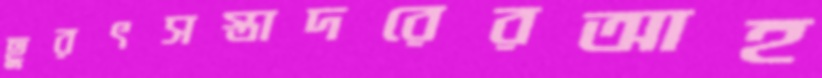
ছুরৎসস্তাদরেরআহ